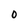
Character: 0